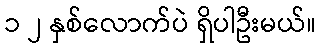
၁ ၂ နှစ်လောက်ပဲ ရှိပါဦးမယ်။